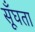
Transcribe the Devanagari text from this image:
सूँघता